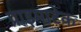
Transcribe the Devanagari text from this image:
प्राइमाटेक